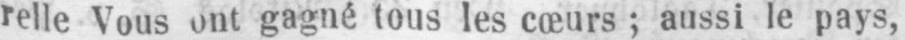
gagné tous les cœurs; aussi le pays,